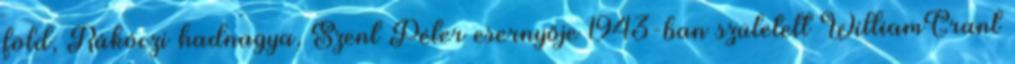
föld, Rákóczi hadnagya, Szent Péter esernyője 1943-ban született WilliamGrant